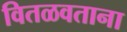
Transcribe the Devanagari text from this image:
वितळवताना